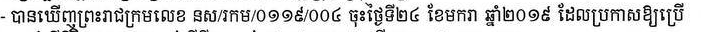
- បានឃើញព្រះរាជក្រមលេខ នស/រកម/០១១៤/០០៤ ចុះថ្ងៃទី២៤ ខែមករា ឆ្នាំ២០១៩ ដែលប្រកាសឲ្យប្រើ